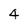
Character: 4